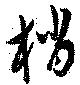
梢